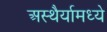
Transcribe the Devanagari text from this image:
अस्थैर्यामध्ये